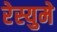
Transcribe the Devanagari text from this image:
रेस्युमे